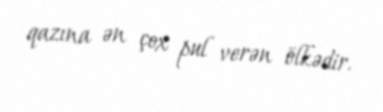
qazına ən çox pul verən ölkədir.